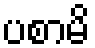
ပစာမိ